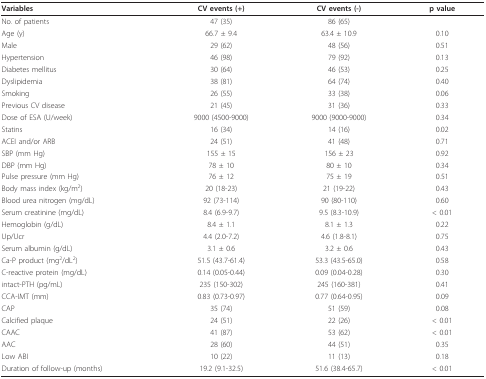
<table><thead><tr><td><b>Variables</b></td><td><b>CV events (+)</b></td><td><b>CV events (-)</b></td><td><b>p value</b></td></tr></thead><tbody><tr><td>No. of patients</td><td>47 (35)</td><td>86 (65)</td><td></td></tr><tr><td>Age (y)</td><td>66.7 ± 9.4</td><td>63.4 ± 10.9</td><td>0.10</td></tr><tr><td>Male</td><td>29 (62)</td><td>48 (56)</td><td>0.51</td></tr><tr><td>Hypertension</td><td>46 (98)</td><td>79 (92)</td><td>0.13</td></tr><tr><td>Diabetes mellitus</td><td>30 (64)</td><td>46 (53)</td><td>0.25</td></tr><tr><td>Dyslipidemia</td><td>38 (81)</td><td>64 (74)</td><td>0.40</td></tr><tr><td>Smoking</td><td>26 (55)</td><td>33 (38)</td><td>0.06</td></tr><tr><td>Previous CV disease</td><td>21 (45)</td><td>31 (36)</td><td>0.33</td></tr><tr><td>Dose of ESA (U/week)</td><td>9000 (4500-9000)</td><td>9000 (9000-9000)</td><td>0.34</td></tr><tr><td>Statins</td><td>16 (34)</td><td>14 (16)</td><td>0.02</td></tr><tr><td>ACEI and/or ARB</td><td>24 (51)</td><td>41 (48)</td><td>0.71</td></tr><tr><td>SBP (mm Hg)</td><td>155 ± 15</td><td>156 ± 23</td><td>0.92</td></tr><tr><td>DBP (mm Hg)</td><td>78 ± 10</td><td>80 ± 10</td><td>0.34</td></tr><tr><td>Pulse pressure (mm Hg)</td><td>76 ± 12</td><td>75 ± 19</td><td>0.51</td></tr><tr><td>Body mass index (kg/m<sup>2</sup>)</td><td>20 (18-23)</td><td>21 (19-22)</td><td>0.43</td></tr><tr><td>Blood urea nitrogen (mg/dL)</td><td>92 (73-114)</td><td>90 (80-110)</td><td>0.60</td></tr><tr><td>Serum creatinine (mg/dL)</td><td>8.4 (6.9-9.7)</td><td>9.5 (8.3-10.9)</td><td>&lt; 0.01</td></tr><tr><td>Hemoglobin (g/dL)</td><td>8.4 ± 1.1</td><td>8.1 ± 1.3</td><td>0.22</td></tr><tr><td>Up/Ucr</td><td>4.4 (2.0-7.2)</td><td>4.6 (1.8-8.1)</td><td>0.75</td></tr><tr><td>Serum albumin (g/dL)</td><td>3.1 ± 0.6</td><td>3.2 ± 0.6</td><td>0.43</td></tr><tr><td>Ca-P product (mg<sup>2</sup>/dL<sup>2</sup>)</td><td>51.5 (43.7-61.4)</td><td>53.3 (43.5-65.0)</td><td>0.58</td></tr><tr><td>C-reactive protein (mg/dL)</td><td>0.14 (0.05-0.44)</td><td>0.09 (0.04-0.28)</td><td>0.30</td></tr><tr><td>intact-PTH (pg/mL)</td><td>235 (150-302)</td><td>245 (160-381)</td><td>0.41</td></tr><tr><td>CCA-IMT (mm)</td><td>0.83 (0.73-0.97)</td><td>0.77 (0.64-0.95)</td><td>0.09</td></tr><tr><td>CAP</td><td>35 (74)</td><td>51 (59)</td><td>0.08</td></tr><tr><td>Calcified plaque</td><td>24 (51)</td><td>22 (26)</td><td>&lt; 0.01</td></tr><tr><td>CAAC</td><td>41 (87)</td><td>53 (62)</td><td>&lt; 0.01</td></tr><tr><td>AAC</td><td>28 (60)</td><td>44 (51)</td><td>0.35</td></tr><tr><td>Low ABI</td><td>10 (22)</td><td>11 (13)</td><td>0.18</td></tr><tr><td>Duration of follow-up (months)</td><td>19.2 (9.1-32.5)</td><td>51.6 (38.4-65.7)</td><td>&lt; 0.01</td></tr></tbody></table>